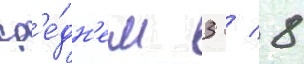
ср'е́дн'ем 3 / 8